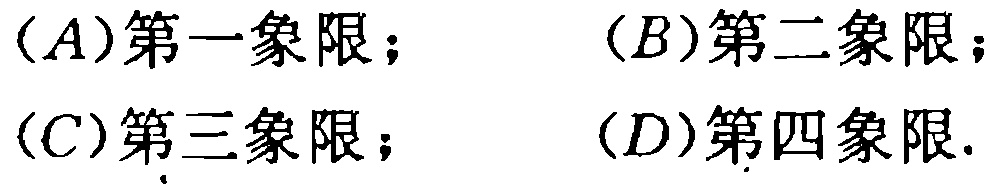
(A)第一象限；(B)第二象限；(C)第三象限；(D)第四象限.